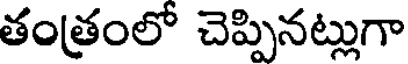
తంత్రంలో చెప్పినట్లుగా